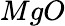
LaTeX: MgO